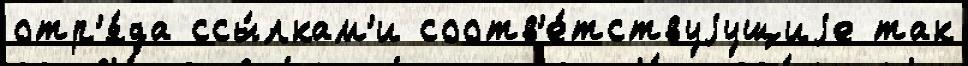
отр'я́да ссы́лкам'и соотв'е́тствуjущиjе так